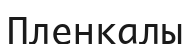
Пленкалы